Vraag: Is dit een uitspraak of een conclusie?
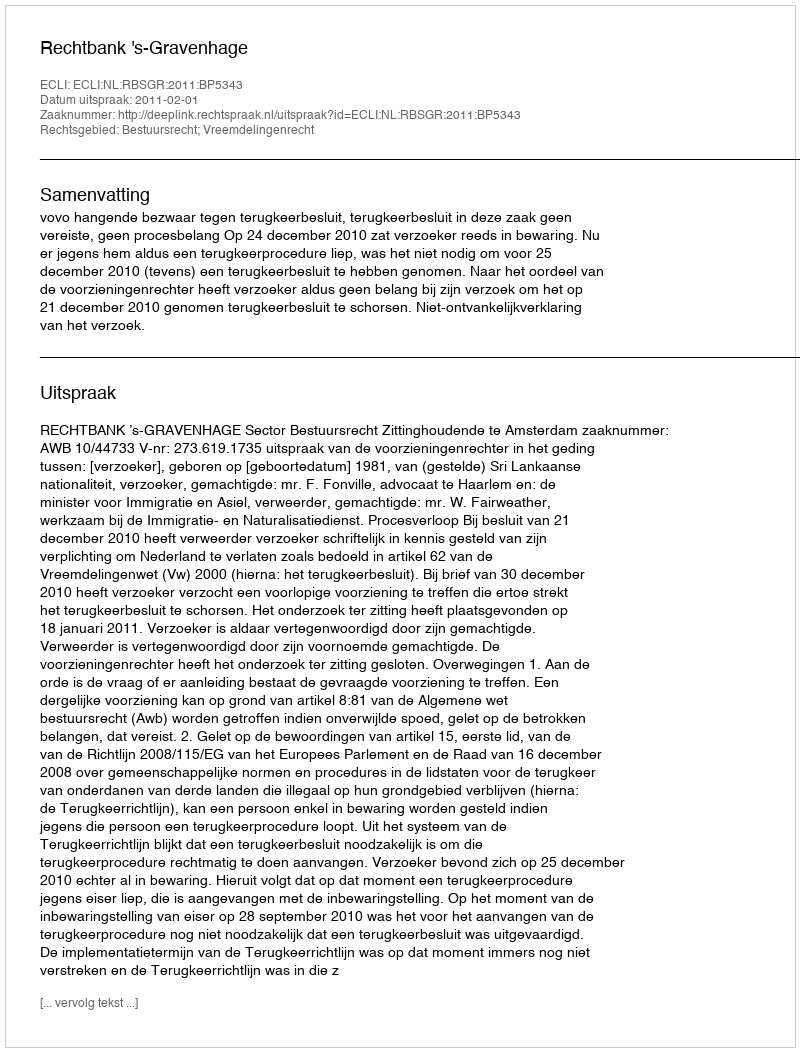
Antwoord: Uitspraak